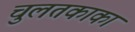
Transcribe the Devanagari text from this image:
चुलतकाका